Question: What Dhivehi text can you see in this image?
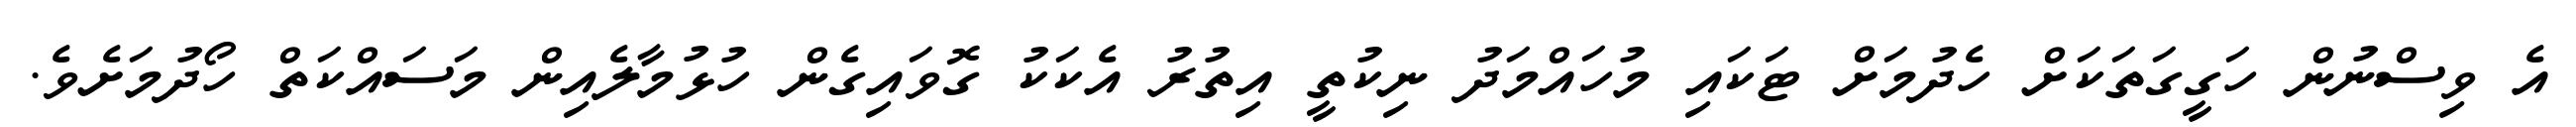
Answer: އެ ވިސްނުން ހަގީގަތަކަށް ހެދުމަށް ޓަކައި މުހައްމަދު ނިކުތީ އިތުރު އެކަކު ގޮވައިގެން ހުޅުމާލެއިން މަސައްކަތް ހޯދުމަށެވެ.